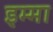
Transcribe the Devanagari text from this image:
इम्मा